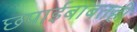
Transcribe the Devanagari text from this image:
छपाईबाबतही